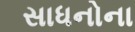
સાધનોના